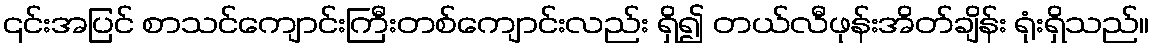
၎င်းအပြင် စာသင်ကျောင်းကြီးတစ်ကျောင်းလည်း ရှိ၍ တယ်လီဖုန်းအိတ်ချိန်း ရုံးရှိသည်။